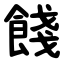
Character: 餞